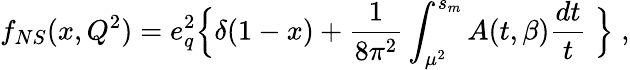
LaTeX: f_{NS}(x,Q^{2})=e_{q}^{2}\Bigl\{ \delta(1-x)+\frac{1}{8\pi^{2}}\int_{\mu^{2}}^{s_{m}}A(t,\beta)\frac{dt}{t}\; \Bigr\} \; ,